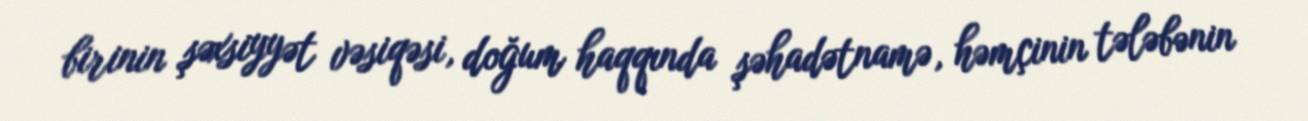
birinin şəxsiyyət vəsiqəsi, doğum haqqında şəhadətnamə, həmçinin tələbənin